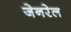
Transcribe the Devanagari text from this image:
जेनरेल